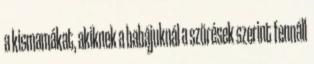
a kismamákat, akiknek a babájuknál a szűrések szerint fennáll